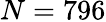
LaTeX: N=796